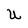
Character: U